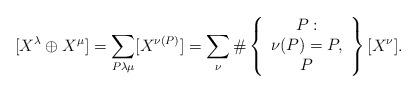
LaTeX: \begin{align*} [X^\lambda \oplus X^\mu] = \sum_{\substack{ P \lambda \mu \\ }} [X^{\nu(P)}] = \sum_\nu \# \left\{ \begin{array}{c} P: \\ \nu(P) = P, \\ P \end{array} \right\} [X^\nu]. \end{align*}